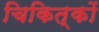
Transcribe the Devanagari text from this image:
चिकित्कों